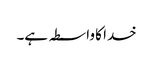
خدا کا واسطہ ہے۔